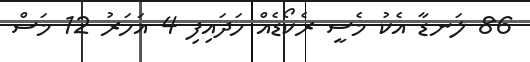
86 ލަނޑާ އެކު މެސީ ރެކޯޑެއް ހަދައިފި 4 އަހަރު 12 މަސް